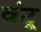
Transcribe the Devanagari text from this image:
वंटू